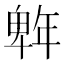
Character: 𭙆